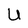
Character: U